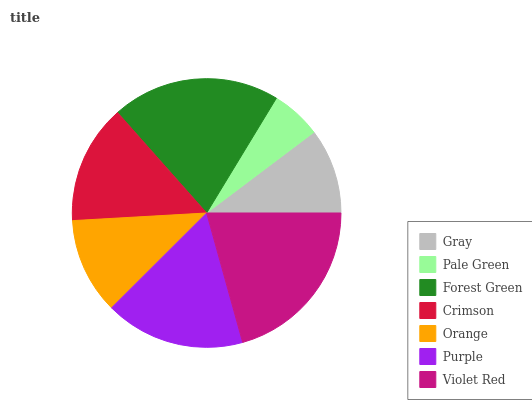
| Gray | Pale Green | Forest Green | Crimson | Orange | Purple | Violet Red |
 | --- | --- | --- | --- | --- | --- | --- |
 | 10.3% | 6.05% | 20.2% | 14.4% | 11.6% | 16.9% | 20.7% |